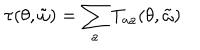
\tau ( \theta , \tilde { \omega } ) = \sum _ { a } T _ { a a } ( \theta , \tilde { \omega } )